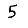
Digit: 5